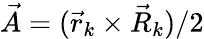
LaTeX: \vec{A}=(\vec{r}_{k}\times\vec{R}_{k})/2